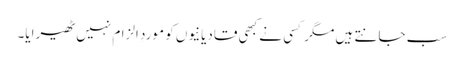
سب جانتے ہیں مگر کسی نے کبھی قادیانیوں کو موردِ الزام نہیں ٹھیرایا۔